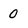
Character: 0